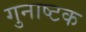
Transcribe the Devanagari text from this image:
गुनाष्टक